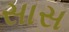
સાસ